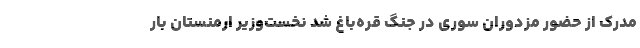
مدرک از حضور مزدوران سوری در جنگ قره‌باغ شد نخست‌وزیر ارمنستان بار